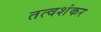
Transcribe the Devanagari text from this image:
तत्वशंकर